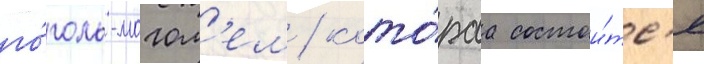
го́голь-могол'ем / кото́раа состои́тс'я